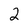
Character: 2